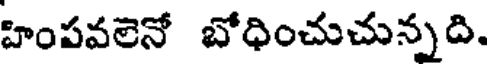
హింపవలెనో బోధించుచున్నది.